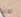
لدينا